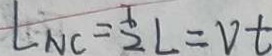
L _ { N C } = \frac { 1 } { 2 } L = v t